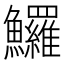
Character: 𩽰